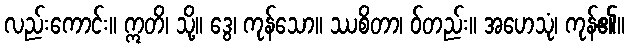
လည်းကောင်း။ ဣတိ၊ သို့။ ဒွေ၊ ကုန်သော။ ဿစိတာ၊ ဝ်တည်း။ အဟေသုံ၊ ကုန်၏။